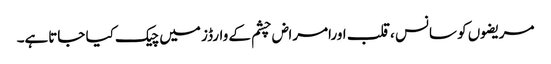
مریضوں کو سانس ،قلب اورامراض چشم کے وارڈز میں چیک کیا جاتاہے۔